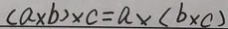
( a \times b ) \times c = a \times ( b \times c )